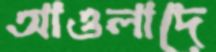
আওলাদে